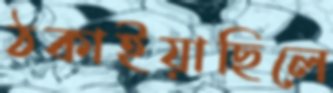
ঠকাইয়াছিলে